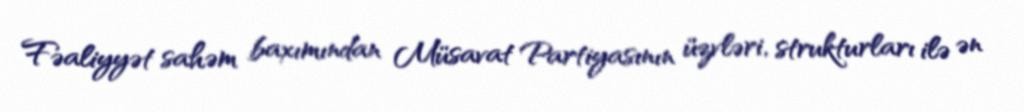
Fəaliyyət sahəm baxımından Müsavat Partiyasının üzvləri, strukturları ilə ən